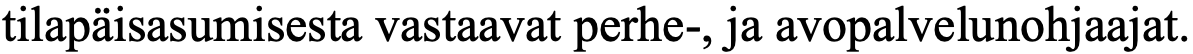
tilapäisasumisesta vastaavat perhe-, ja avopalvelunohjaajat.